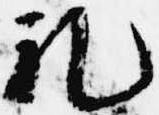
礼